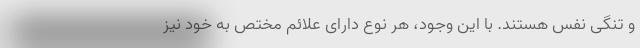
و تنگی نفس هستند. با این وجود، هر نوع دارای علائم مختص به خود نیز